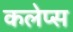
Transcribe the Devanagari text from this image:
कलेप्स